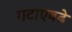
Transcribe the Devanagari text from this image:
गटाएवढे